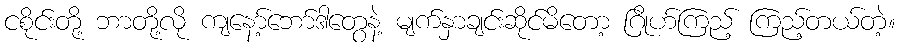
ငစိုင်းတို့ ဘာတို့လို ကျနော့်ဘော်ဒါတွေနဲ့ မျက်နှာချင်းဆိုင်မိတော့ ဂြိုဟ်ကြည့် ကြည့်တယ်တဲ့။